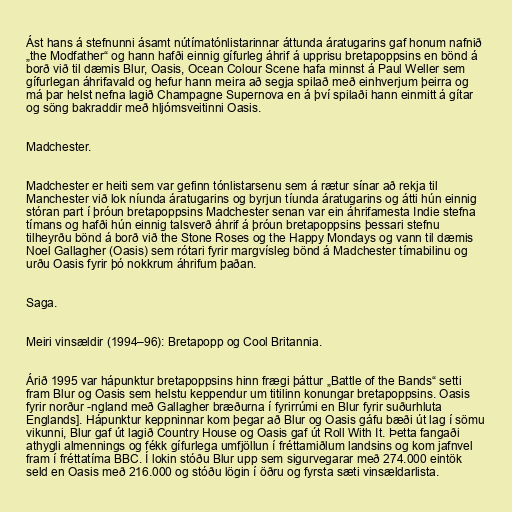
Ást hans á stefnunni ásamt nútímatónlistarinnar áttunda áratugarins gaf honum nafnið
„the Modfather“ og hann hafði einnig gífurleg áhrif á upprisu bretapoppsins en bönd á
borð við til dæmis Blur, Oasis, Ocean Colour Scene hafa minnst á Paul Weller sem
gífurlegan áhrifavald og hefur hann meira að segja spilað með einhverjum þeirra og
má þar helst nefna lagið Champagne Supernova en á því spilaði hann einmitt á gítar
og söng bakraddir með hljómsveitinni Oasis.

Madchester.

Madchester er heiti sem var gefinn tónlistarsenu sem á rætur sínar að rekja til
Manchester við lok níunda áratugarins og byrjun tíunda áratugarins og átti hún einnig
stóran part í þróun bretapoppsins Madchester senan var ein áhrifamesta Indie stefna
tímans og hafði hún einnig talsverð áhrif á þróun bretapoppsins þessari stefnu
tilheyrðu bönd á borð við the Stone Roses og the Happy Mondays og vann til dæmis
Noel Gallagher (Oasis) sem rótari fyrir margvísleg bönd á Madchester tímabilinu og
urðu Oasis fyrir þó nokkrum áhrifum þaðan.

Saga.

Meiri vinsældir (1994–96): Bretapopp og Cool Britannia.

Árið 1995 var hápunktur bretapoppsins hinn frægi þáttur „Battle of the Bands“ setti
fram Blur og Oasis sem helstu keppendur um titilinn konungar bretapoppsins. Oasis
fyrir norður -ngland með Gallagher bræðurna í fyrirrúmi en Blur fyrir suðurhluta
Englands]. Hápunktur keppninnar kom þegar að Blur og Oasis gáfu bæði út lag í sömu
vikunni, Blur gaf út lagið Country House og Oasis gaf út Roll With It. Þetta fangaði
athygli almennings og fékk gífurlega umfjöllun í fréttamiðlum landsins og kom jafnvel
fram í fréttatíma BBC. Í lokin stóðu Blur upp sem sigurvegarar með 274.000 eintök
seld en Oasis með 216.000 og stóðu lögin í öðru og fyrsta sæti vinsældarlista.